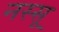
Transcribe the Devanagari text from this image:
नस्सू